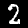
Label: 2